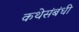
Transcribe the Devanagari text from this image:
कथेसंबंधी